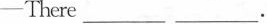
-There___.